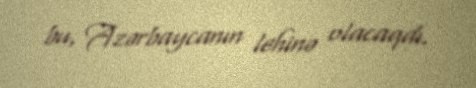
bu, Azərbaycanın lehinə olacaqdı.